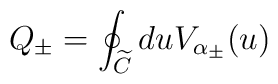
Q_{\pm }=\oint_{\widetilde{C}}duV_{\alpha _{\pm }}(u)